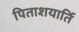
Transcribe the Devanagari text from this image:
पिताशयार्ति